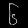
Digit: ၆